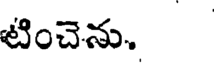
టించెను.